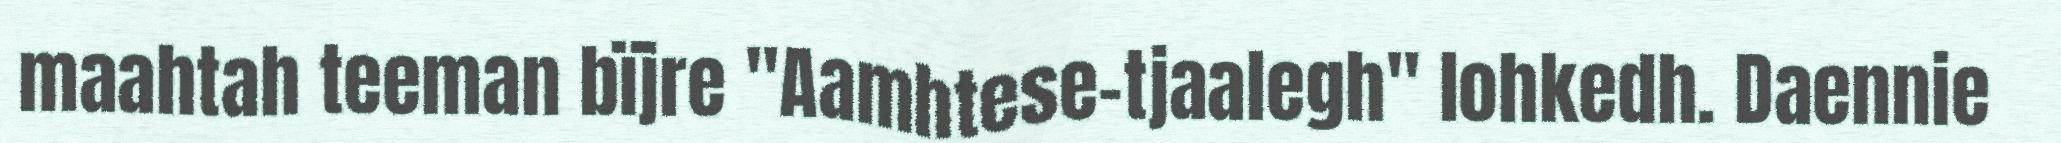
maahtah teeman bïjre "Aamhtese-tjaalegh" lohkedh. Daennie